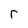
Character: r